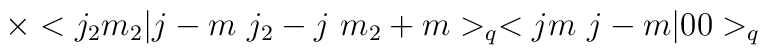
\times <j_{2}m_{2}|j-m \ j_{2}-j \ m_{2}+m>_{q}<jm \ j-m|00>_{q}